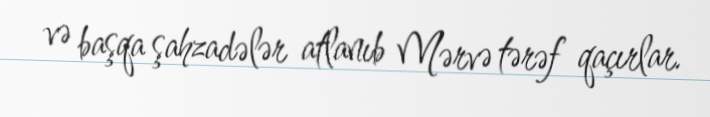
və başqa şahzadələr atlanıb Mərvə tərəf qaçırlar.